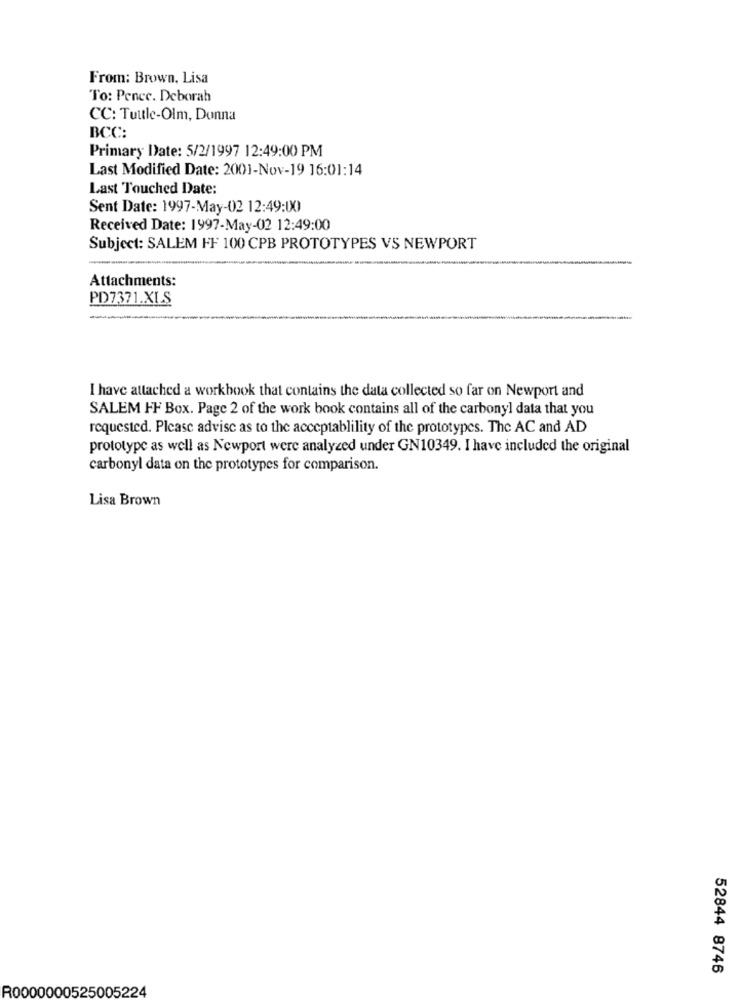
From: Brown. Lisa
To: Pence. Deborah
CC: Tuutle-Olm, Donna
BCC:
Primary Date: 5/2/1997 12:49:00 PM
Last Modified Date: 2001-Nov-19 16:01:14
Last Touched Date:
Sent Date: 1997-May-02 12:49:00
Received Date: 1997-May-02 12:49:00
Subject: SALEM FF 100 CPB PROTOTYPES VS NEWPORT
Attachments:
PD7371.XLS
I have attached a workbook that contains the data collected so far on Newport and
SALEM FF Box. Page 2 of the work book contains all of the carbonyl data that you
requested. Please advise as to the acceptablility of the prototypes. The AC and AD
prototype as well as Newport were analyzed under GN10349. I have included the original
carbonyl data on the prototypes for comparison.
Lisa Brown
52844 8746
R0000000525005224